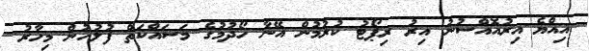
އިއްޔެ އިރުއޮއްސުނު އިރު ރިޕޯޓު ކުރުމުން އޭނާ ހޯދުމުގެ މަސައްކަތް ފުލުހުން މިހާރު